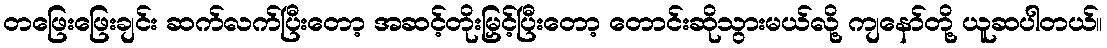
တဖြေးဖြေးချင်း ဆက်လက်ပြီးတော့ အဆင့်တိုးမြှင့်ပြီးတော့ တောင်းဆိုသွားမယ်လို့ ကျနော်တို့ ယူဆပါတယ်။